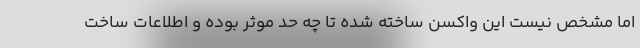
اما مشخص نیست این واکسن ساخته شده تا چه حد موثر بوده و اطلاعات ساخت